Annual report of the Imperial Bacteriological Laboratory, Muktesar
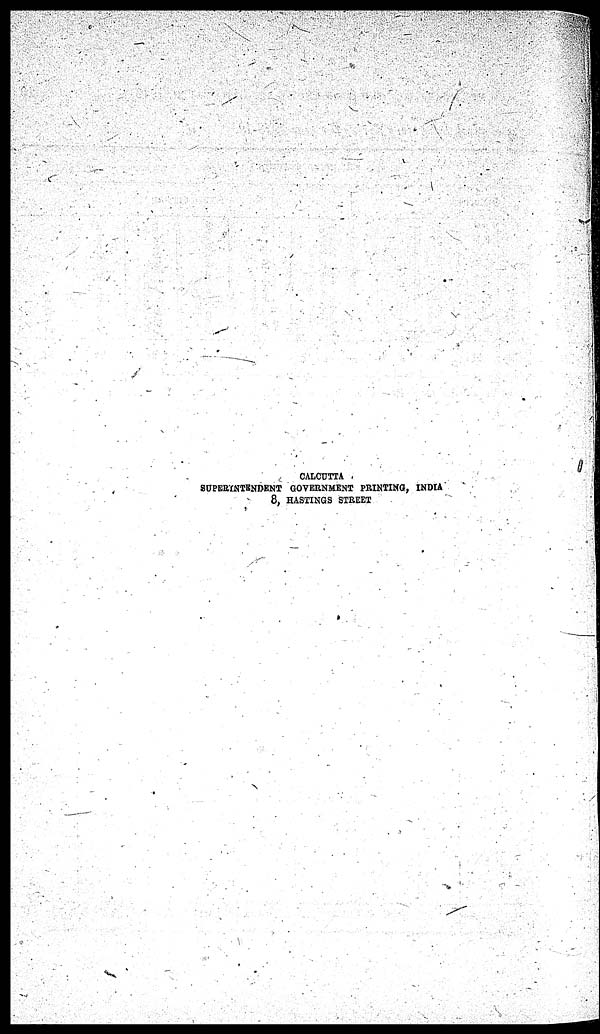
CALCUTTA
SUPERINTENDENT GOVERNMENT PRINTING, INDIA
8, HASTINGS STREET